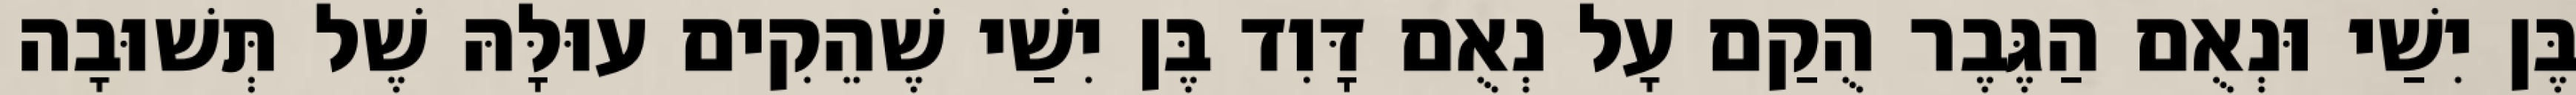
בֶּן יִשַׁי וּנְאֻם הַגֶּבֶר הֻקַם עָל נְאֻם דָּוִד בֶּן יִשַׁי שֶׁהֵקִים עוּלָּהּ שֶׁל תְּשׁוּבָה